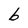
Character: b